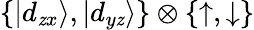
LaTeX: \{ |d_{\mathit{z}x}\rangle,|d_{y\mathit{z}}\rangle\} \otimes\{ \uparrow,\downarrow\}